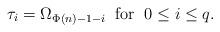
LaTeX: \begin{align*}\tau_i= \Omega_{\Phi(n)-1-i}\;\; \text{for \;$0 \leq i \leq q$.}\end{align*}